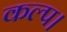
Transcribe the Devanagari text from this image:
कल्प।